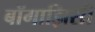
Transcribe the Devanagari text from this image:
बॉगाझिसी